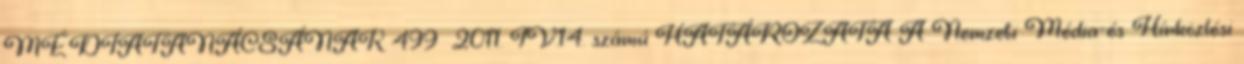
MÉDIATANÁCSÁNAK 499 2011. IV.14. számú HATÁROZATA A Nemzeti Média-és Hírközlési